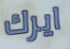
ايرك